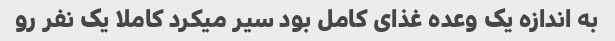
به اندازه یک وعده غذای کامل بود سیر میکرد کاملا یک نفر رو